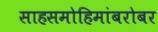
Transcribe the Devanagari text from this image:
साहसमोहिमांबरोबर